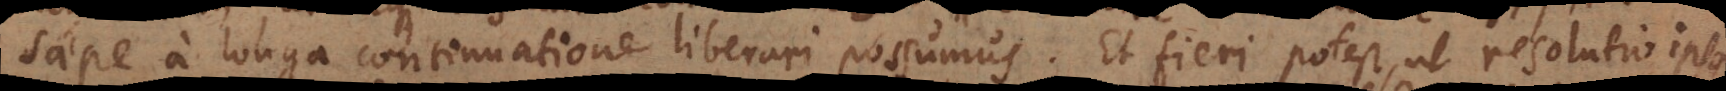
saepe a longa continuatione liberari possumus. Et fieri potest, ut resolutio ips